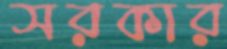
সরকার